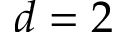
d = 2